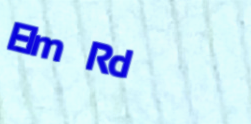
Elm Rd